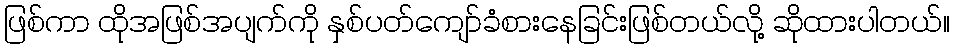
ဖြစ်ကာ ထိုအဖြစ်အပျက်ကို နှစ်ပတ်ကျော်ခံစားနေခြင်းဖြစ်တယ်လို့ ဆိုထားပါတယ်။